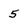
Character: 5